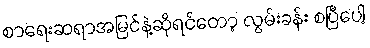
စာရေးဆရာအမြင်နဲ့ဆိုရင်တော့ လွမ်းခန်း စပြီပေါ့